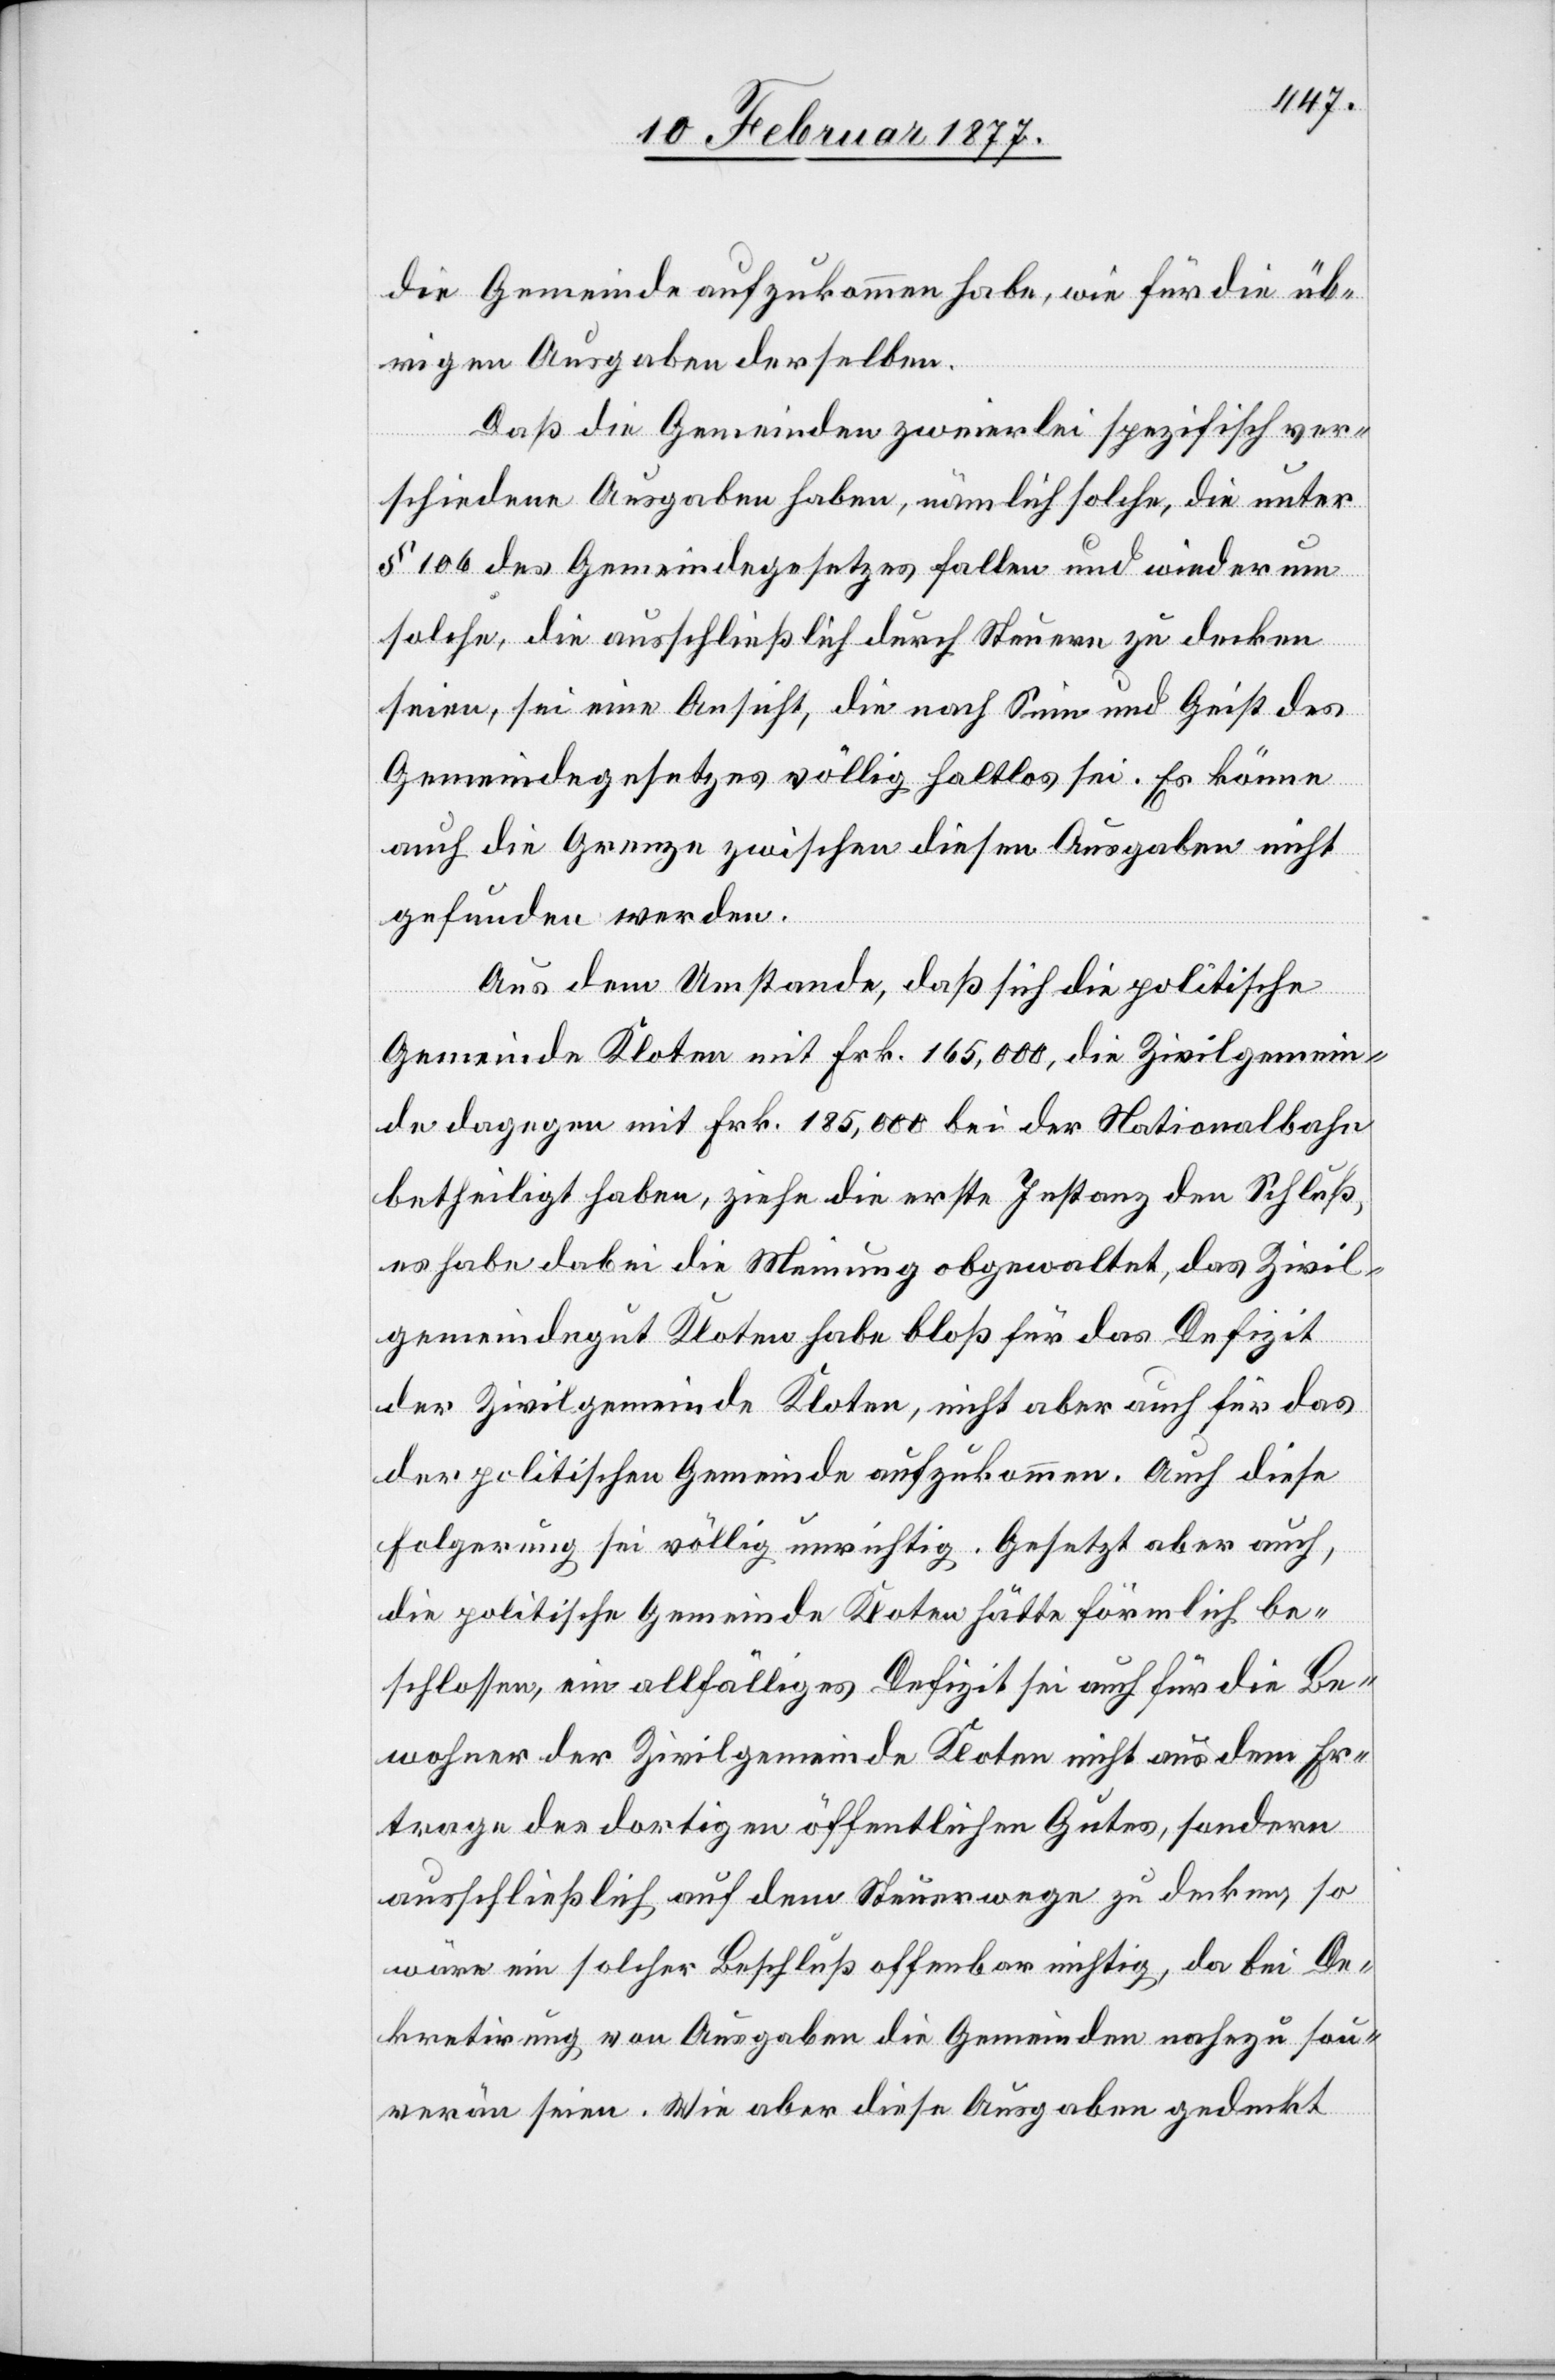
die Gemeinde aufzukommen habe, wie für die üb¬
rigen Ausgaben derselben.
Daß die Gemeinden zweierlei spezifisch ver¬
schiedene Ausgaben haben, nämlich solche, die unter
§ 106 des Gemeindegesetzes fallen und wiederum
solche, die ausschließlich durch Steuern zu decken
seien, sei eine Ansicht, die nach Sinn und Geist des
Gemeindegesetzes völlig haltlos sei. Es könne
auch die Grenze zwischen diesen Ausgaben nicht
gefunden werden.
Aus dem Umstande, daß sich die politische
Gemeinde Kloten mit Frk. 165,000, die Zivilgemein¬
de dagegen mit Frk. 185,000 bei der Nationalbahn
betheiligt habe, ziehe die erste Instanz den Schluß,
es habe dabei die Meinung obgewaltet, das Zivil¬
gemeindegut Kloten habe bloß für das Defizit
der Zivilgemeinde Kloten, nicht aber auch für das
der politischen Gemeinde aufzukommen. Auch diese
Folgerung sei völlig unrichtig. Gesetzt aber auch,
die politische Gemeinde Kloten hätte förmlich be¬
schlossen, ein allfälliges Defizit sei auch für die Be¬
wohner der Zivilgemeinde Kloten nicht aus dem Er¬
trage des dortigen öffentlichen Gutes, sondern
ausschließlich auf dem Steuerwege zu decken, so
wäre ein solcher Beschluß offenbar nichtig, da bei De¬
kretirung von Ausgaben die Gemeinden nahezu sou¬
verän seien. Wie aber diese Ausgaben gedeckt